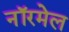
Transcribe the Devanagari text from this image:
नॉरमेल